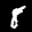
Label: 8